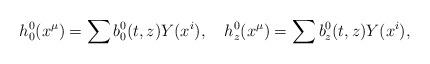
LaTeX: \begin{align*}{h^0_0}(x^\mu) =\sum {b^0_0} (t,z) Y(x^i) , \quad {h^0_z}(x^\mu) =\sum {b^0_z} (t,z) Y(x^i) ,\end{align*}